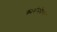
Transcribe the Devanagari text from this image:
क्रायोस्फेयर